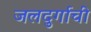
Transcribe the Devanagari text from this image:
जलदुर्गाची